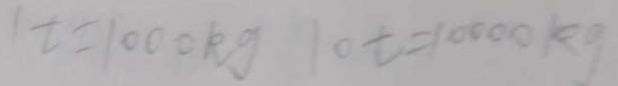
1 t = 1 0 0 0 k g 1 0 t = 1 0 0 0 0 k g